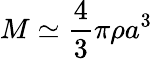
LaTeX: M\simeq{\frac{4}{3}}\pi\rho a^{3}